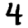
Digit: 4